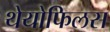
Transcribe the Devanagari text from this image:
थेयोफिलस